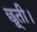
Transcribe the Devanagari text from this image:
छूती।